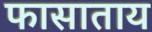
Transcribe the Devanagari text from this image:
फासाताय